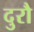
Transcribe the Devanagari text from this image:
दुरौ